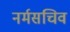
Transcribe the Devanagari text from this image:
नर्मसचिव